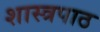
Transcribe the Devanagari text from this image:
शास्त्रपाठ